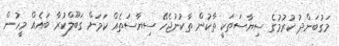
މަގުބަންދު ކުރުމުގެ ސިޔާސަތަކީ ތާކުން ތާކުނުޖެހޭ ސިޔާސަތެއް ކަމަށް ގަބޫލްކުރާ ބައެއް މީހުން